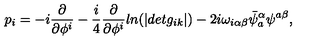
p _ { i } = - i \frac { \partial } { \partial \phi ^ { i } } - \frac { i } { 4 } \frac { \partial } { \partial \phi ^ { i } } l n ( | d e t g _ { i k } | ) - 2 i \omega _ { i \alpha \beta } \bar { \psi } _ { a } ^ { \alpha } \psi ^ { a \beta } ,